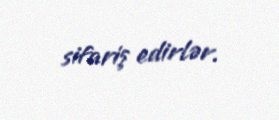
sifariş edirlər.